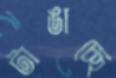
টাঙাচ্ছে